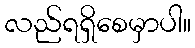
လည်ရရှိစေမှာပါ။